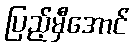
ပြည့်မှီအောင်